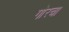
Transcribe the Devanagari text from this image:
गोरचा